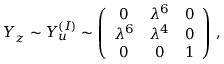
Y _ { z } \sim Y _ { u } ^ { ( I ) } \sim \left( \begin{array} { c c c } { { 0 } } & { { \lambda ^ { 6 } } } & { { 0 } } \\ { { \lambda ^ { 6 } } } & { { \lambda ^ { 4 } } } & { { 0 } } \\ { { 0 } } & { { 0 } } & { { 1 } } \end{array} \right) \, ,